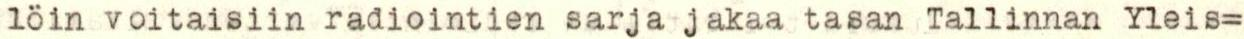
löin voitaisiin radiointien sarja jakaa tasan Tallinnan Yleis=